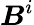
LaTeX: \boldsymbol{B}^{i}